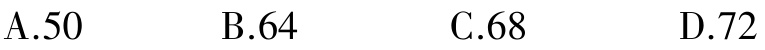
A.50  B.64  C.68  D.72